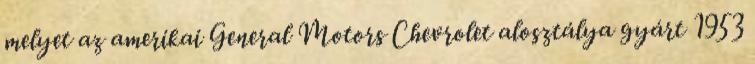
melyet az amerikai General Motors Chevrolet alosztálya gyárt 1953